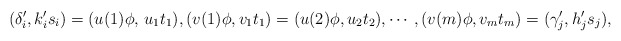
\begin{align*}(\delta_i', k_i's_i)=(u(1)\phi , \, u_1t_1),(v(1)\phi, v_1t_1)=(u(2)\phi,u_2t_2),\cdots\, , (v(m)\phi,v_mt_m)=(\gamma_j',h_j's_j), \end{align*}